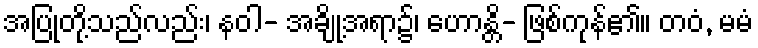
အပြုတို့သည်လည်း၊ နဝါ- အချို့အရာ၌၊ ဟောန္တိ- ဖြစ်ကုန်၏။ တဝံ, မမံ